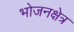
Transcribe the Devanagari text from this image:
भोजनक्षेत्र